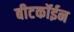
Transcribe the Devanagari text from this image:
बीटकॉईन